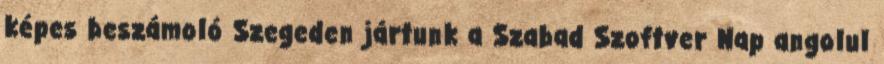
képes beszámoló Szegeden jártunk a Szabad Szoftver Nap angolul